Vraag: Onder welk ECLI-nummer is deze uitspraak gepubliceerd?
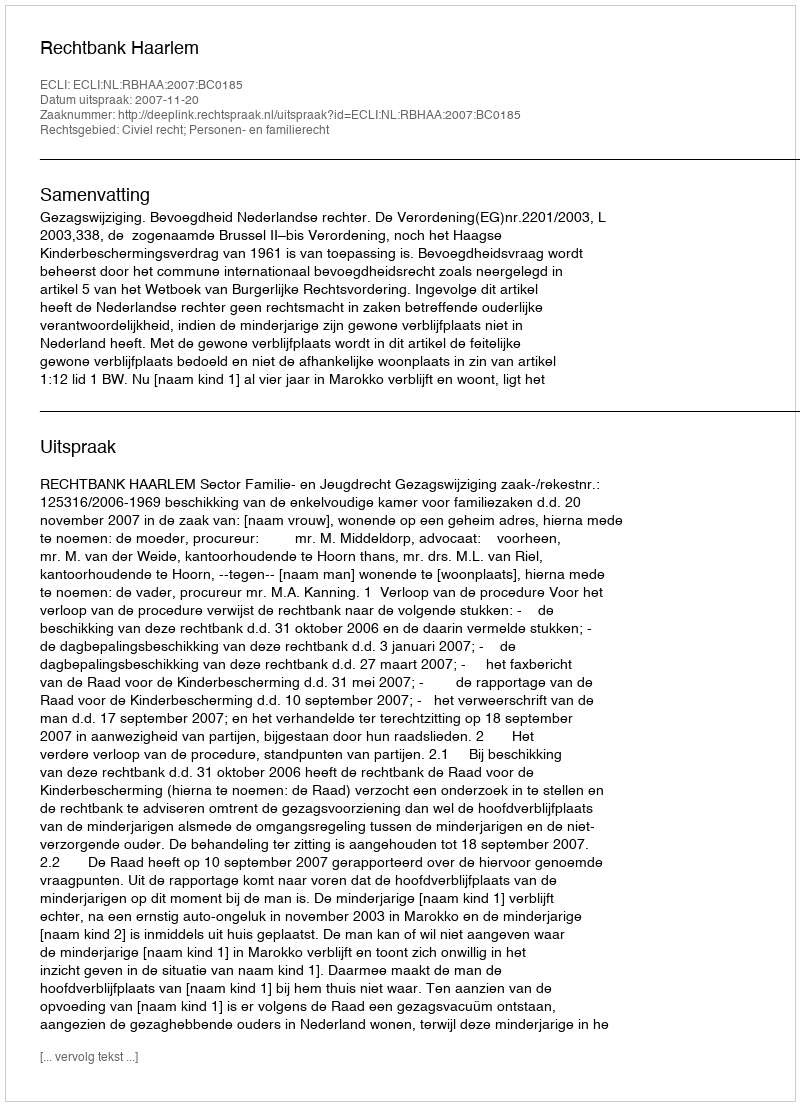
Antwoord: ECLI:NL:RBHAA:2007:BC0185